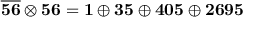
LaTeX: \overline { { { \bf 5 6 } } } \otimes { \bf 5 6 } = { \bf 1 } \oplus { \bf 3 5 } \oplus { \bf 4 0 5 } \oplus { \bf 2 6 9 5 }